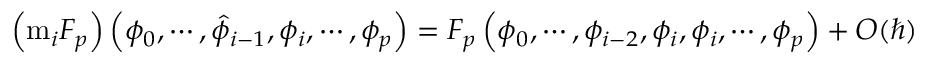
\left( \mathrm { m } _ { i } F _ { p } \right) \left( \phi _ { 0 } , \cdots , \hat { \phi } _ { i - 1 } , \phi _ { i } , \cdots , \phi _ { p } \right) = F _ { p } \left( \phi _ { 0 } , \cdots , \phi _ { i - 2 } , \phi _ { i } , \phi _ { i } , \cdots , \phi _ { p } \right) + O ( \hbar )